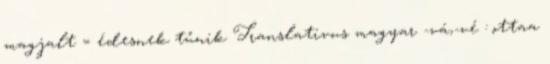
magjalt = édesnek tűnik Translativus magyar -vá,-vé : ottaa